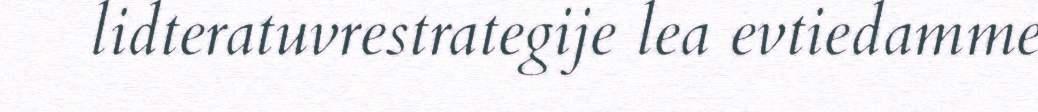
lidteratuvrestrategije lea evtiedamme